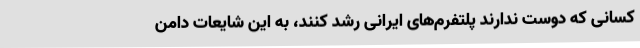
کسانی که دوست ندارند پلتفرم‌های ایرانی رشد کنند، به این شایعات دامن